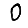
Digit: 0